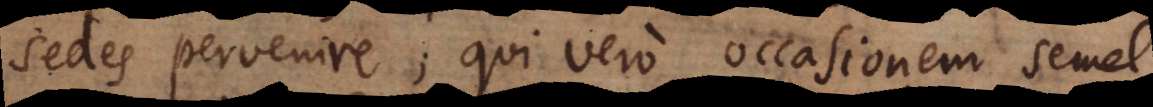
sedes pervenire; qui vero occasionem semel